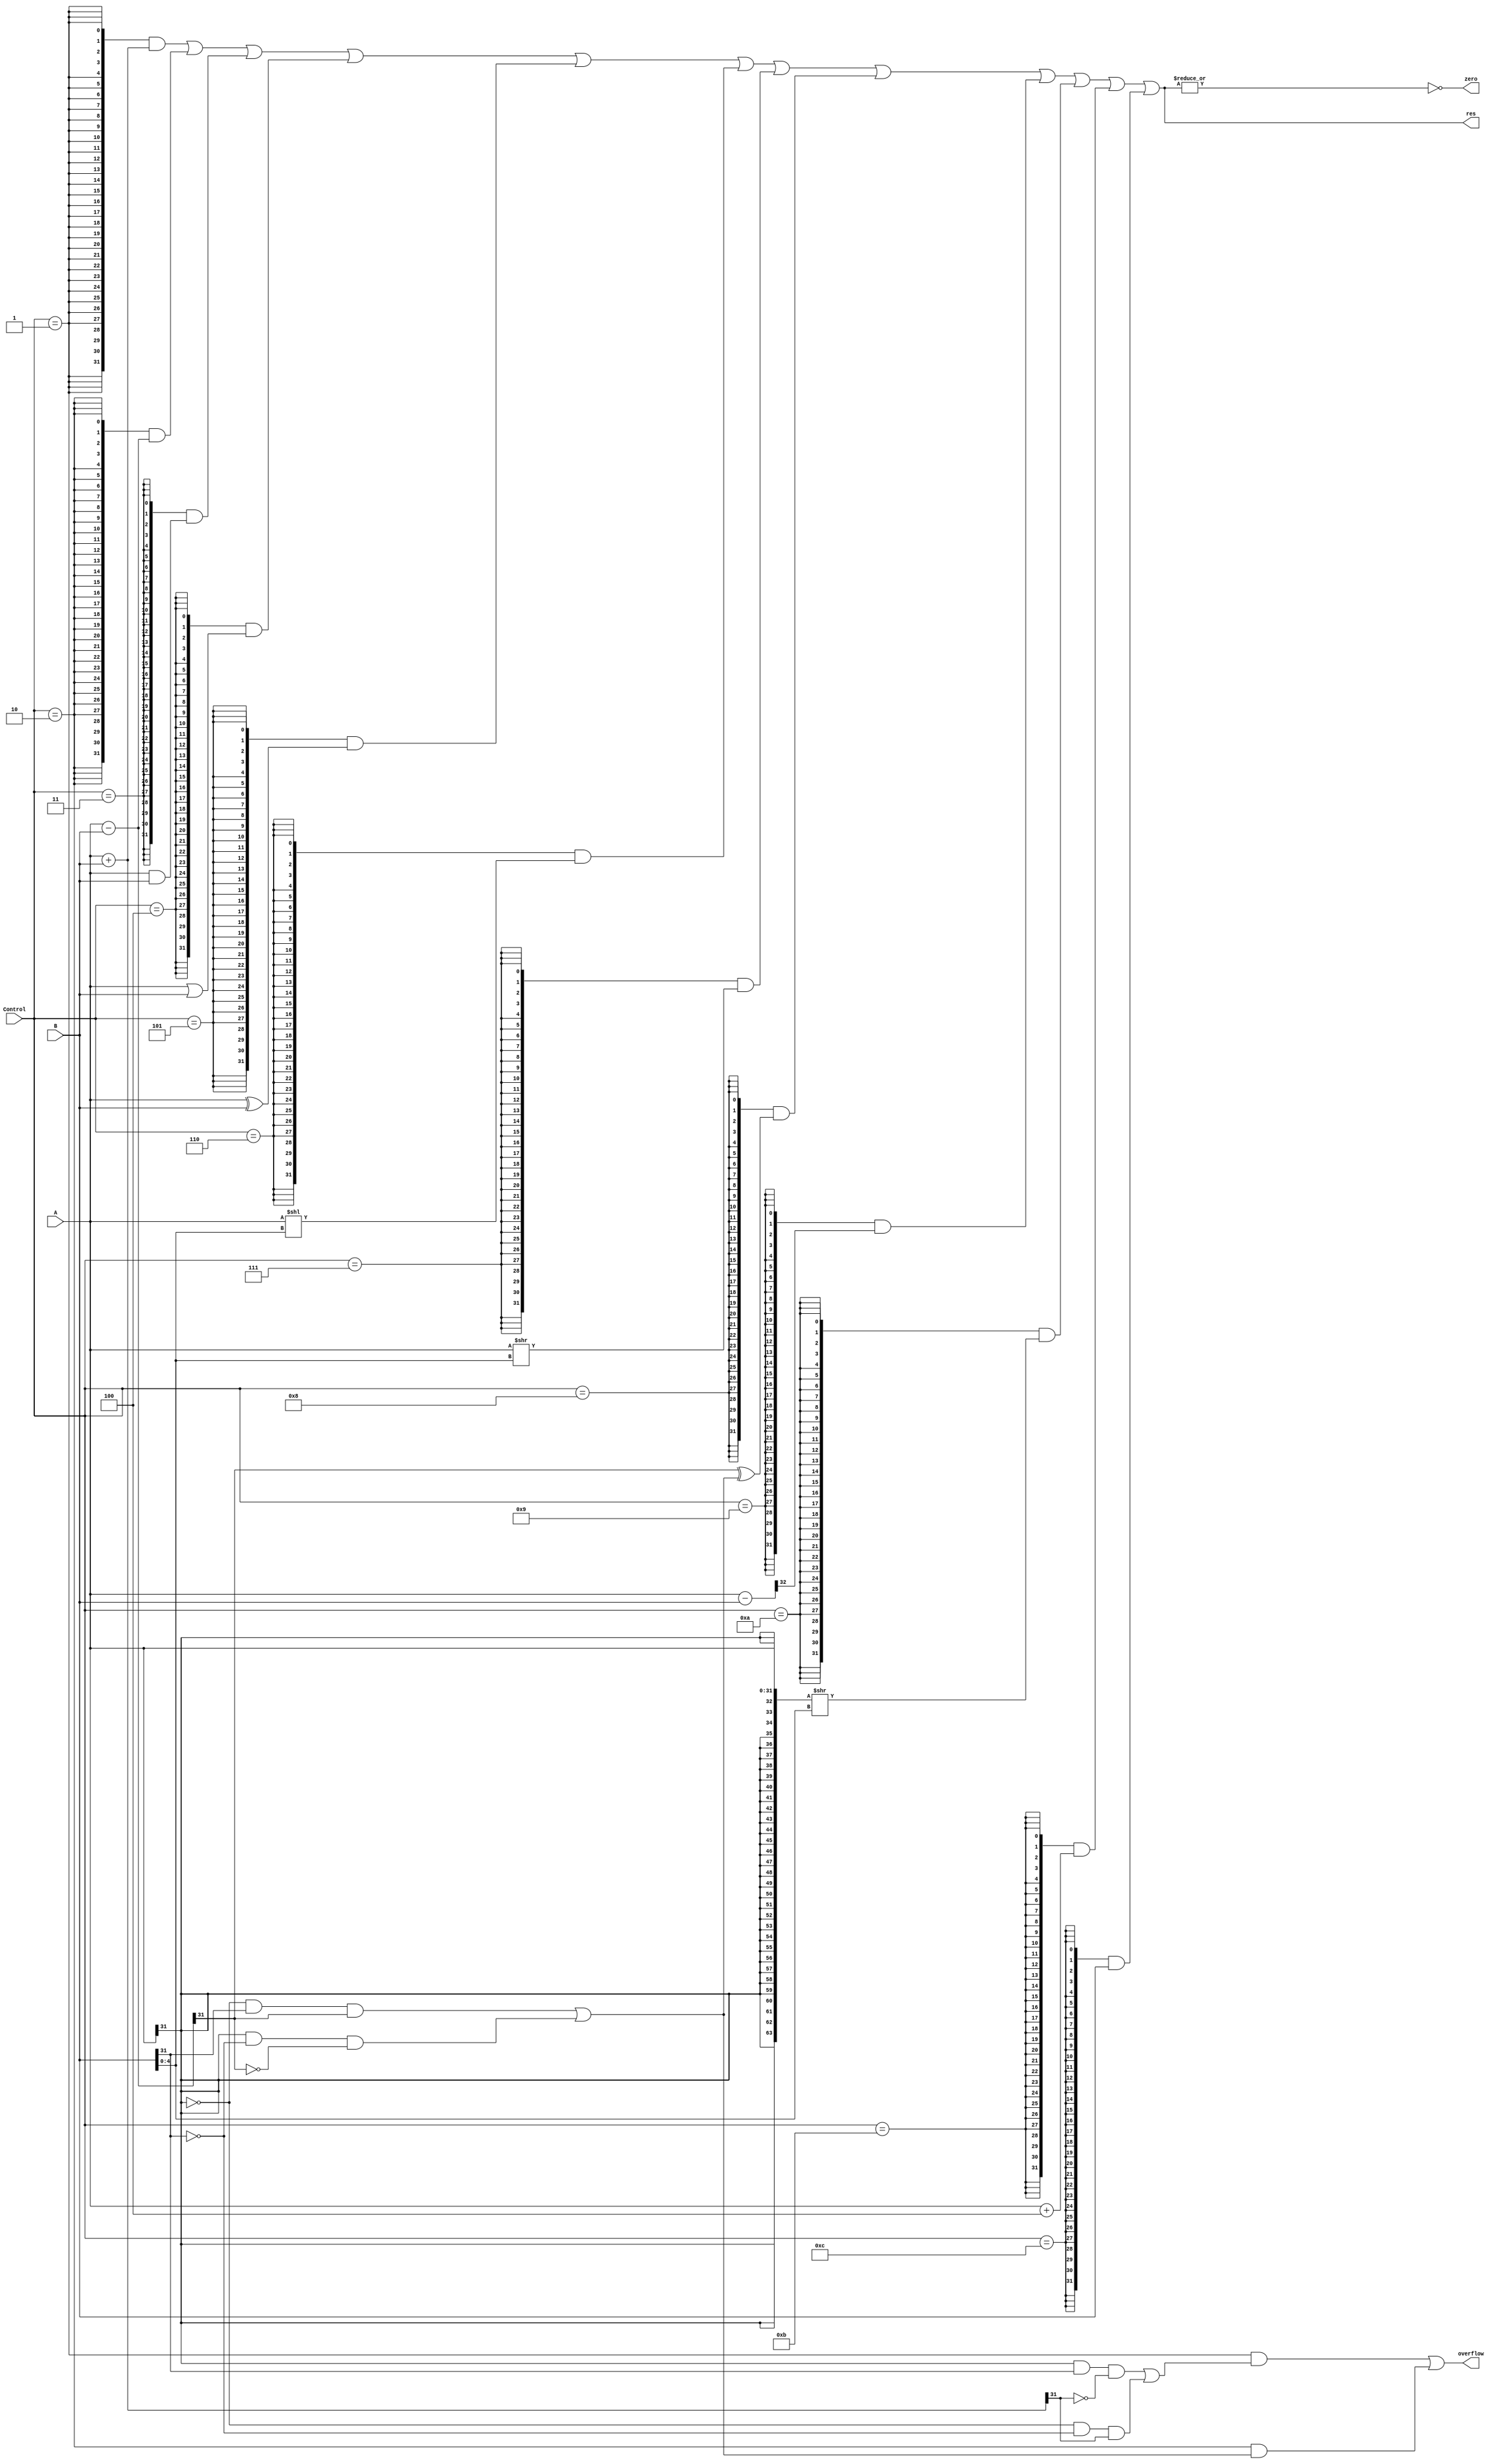
`timescale 1ns / 1ps

module ALU(
    input[31:0] A, B,
    input[3:0] Control,
    output[31:0] res,
    output zero, overflow
);

    localparam ALU_ADD  = 4'b0001;
    localparam ALU_SUB  = 4'b0010;
    localparam ALU_AND  = 4'b0011;
    localparam ALU_OR   = 4'b0100;
    localparam ALU_XOR  = 4'b0101;
    localparam ALU_SLL  = 4'b0110;
    localparam ALU_SRL  = 4'b0111;
    localparam ALU_SLT  = 4'b1000;
    localparam ALU_SLTU = 4'b1001;
    localparam ALU_SRA  = 4'b1010;
    localparam ALU_Ap4  = 4'b1011;
    localparam ALU_Bout = 4'b1100;

    wire[4:0] shamt = B[4:0];
    wire[32:0] res_subu = {1'b0,A} - {1'b0,B};

    wire[31:0] res_ADD  = A + B;
    wire[31:0] res_SUB  = A - B;
    wire[31:0] res_AND  = A & B;
    wire[31:0] res_OR   = A | B;
    wire[31:0] res_XOR  = A ^ B;
    wire[31:0] res_SLL  = A << shamt;
    wire[31:0] res_SRL  = A >> shamt;

    wire add_of = A[31] & B[31] & ~res_ADD[31] | // neg + neg = pos
                  ~A[31] & ~B[31] & res_ADD[31]; // pos + pos = neg
    wire sub_of = ~A[31] & B[31] & res_SUB[31] | // pos - neg = neg
                  A[31] & ~B[31] & ~res_SUB[31]; // neg - pos = pos
    
    wire[31:0] res_SLT  = {31'b0, res_SUB[31] ^ sub_of};
    wire[31:0] res_SLTU = {31'b0, res_subu[32]};
    wire[31:0] res_SRA  = {{32{A[31]}}, A} >> shamt;
    wire[31:0] res_Ap4  = A + 4;
    wire[31:0] res_Bout = B;

    wire ADD  = Control == ALU_ADD ;
    wire SUB  = Control == ALU_SUB ;
    wire AND  = Control == ALU_AND ;
    wire OR   = Control == ALU_OR  ;
    wire XOR  = Control == ALU_XOR ;
    wire SLL  = Control == ALU_SLL ;
    wire SRL  = Control == ALU_SRL ;
    wire SLT  = Control == ALU_SLT ;
    wire SLTU = Control == ALU_SLTU;
    wire SRA  = Control == ALU_SRA ;
    wire Ap4  = Control == ALU_Ap4 ;
    wire Bout = Control == ALU_Bout;

    
    assign zero = ~|res;
    
    assign overflow = (Control == ALU_ADD && add_of) | 
                    (Control == ALU_SUB && sub_of);
    
    assign res = {32{ADD }} & res_ADD  |
                 {32{SUB }} & res_SUB  |
                 {32{AND }} & res_AND  |
                 {32{OR  }} & res_OR   |
                 {32{XOR }} & res_XOR  |
                 {32{SLL }} & res_SLL  |
                 {32{SRL }} & res_SRL  |
                 {32{SLT }} & res_SLT  |
                 {32{SLTU}} & res_SLTU |
                 {32{SRA }} & res_SRA  |
                 {32{Ap4 }} & res_Ap4  |
                 {32{Bout}} & res_Bout ;

endmodule